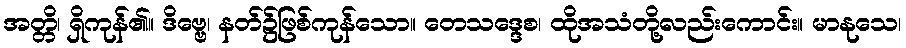
အတ္တိ၊ ရှိကုန်၏။ ဒိဗ္ဗေ၊ နတ်၌ဖြစ်ကုန်သော။ တေသဒ္ဒေစ၊ ထိုအသံတို့လည်းကောင်း။ မာနုသေ၊